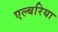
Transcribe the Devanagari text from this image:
एल्बरिया